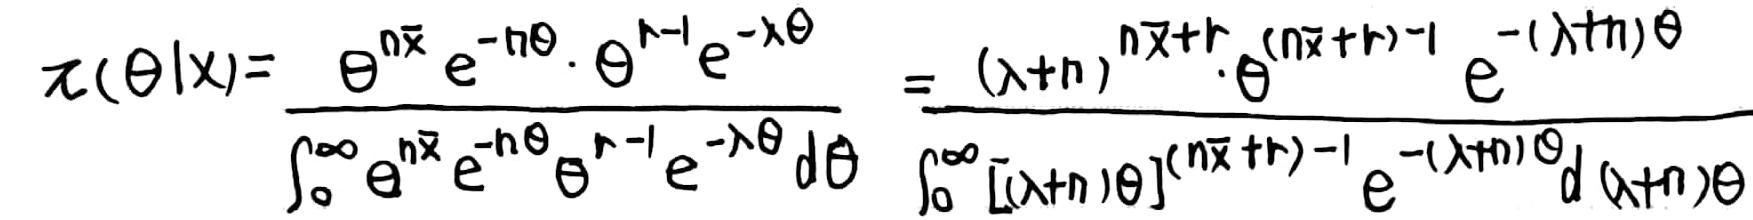
\[
\pi(\theta|x)=\frac{\theta^{n\bar{x}}e^{-n\theta}\cdot\theta^{r - 1}e^{-\lambda\theta}}{\int_{0}^{\infty}\theta^{n\bar{x}}e^{-n\theta}\theta^{r - 1}e^{-\lambda\theta}d\theta}=\frac{(\lambda + n)^{n\bar{x}+r}\cdot\theta^{(n\bar{x}+r)-1}e^{-(\lambda + n)\theta}}{\int_{0}^{\infty}[(\lambda + n)\theta]^{(n\bar{x}+r)-1}e^{-(\lambda + n)\theta}d(\lambda + n)\theta}
\]